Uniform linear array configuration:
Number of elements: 32
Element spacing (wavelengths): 0.25
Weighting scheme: hamming
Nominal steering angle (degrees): -45
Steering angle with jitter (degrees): -46.689
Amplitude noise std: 0.05
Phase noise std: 0.05

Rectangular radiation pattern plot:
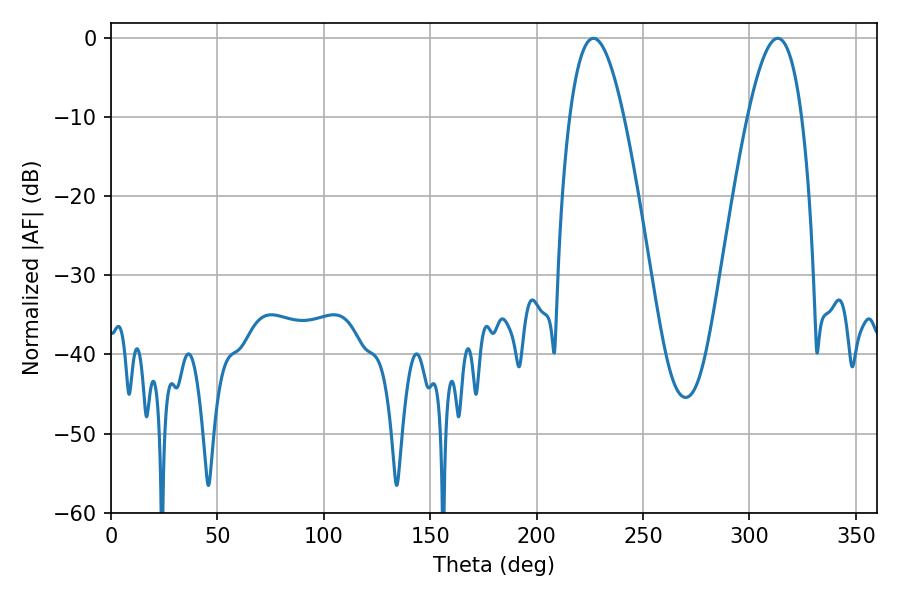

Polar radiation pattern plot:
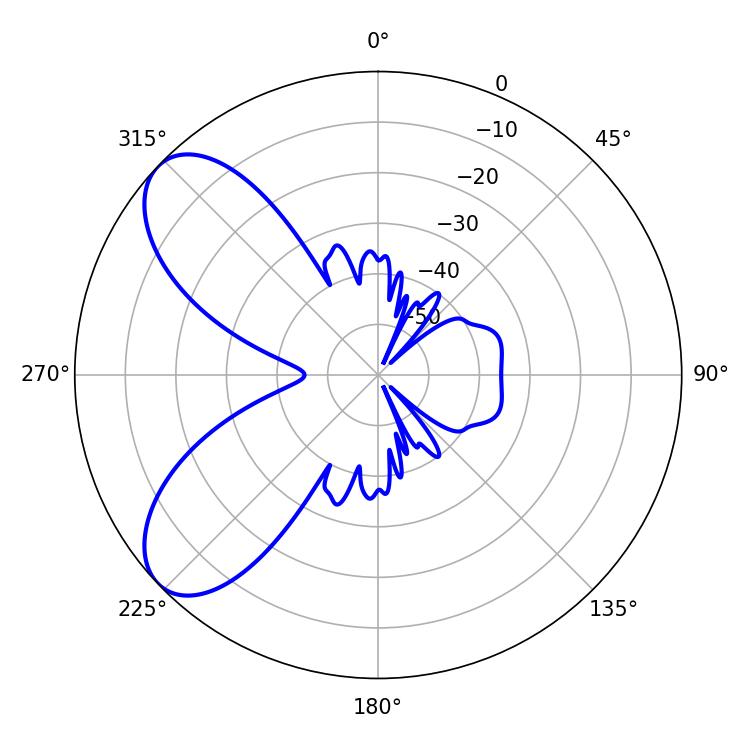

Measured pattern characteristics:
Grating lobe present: FALSE
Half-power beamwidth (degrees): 14.04
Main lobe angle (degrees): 226.62